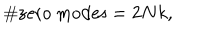
\# \mathrm { z e r o ~ m o d e s } = 2 N k ,